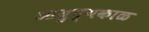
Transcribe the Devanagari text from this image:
आयुष्यकाळ